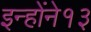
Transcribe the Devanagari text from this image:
इन्होंने१३